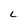
Character: L